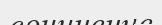
сочинение